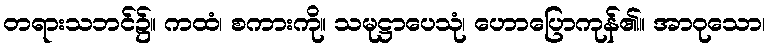
တရားသဘင်၌။ ကထံ၊ စကားကို။ သမုဋ္ဌာပေသုံ၊ ဟောပြောကုန်၏။ အာဝုသော၊